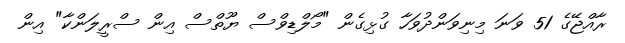
ރާއްޖޭގެ 51 ވަނަ މިނިވަންދުވަހާ ގުޅިގެން "މޯލްޑިވްސް ޔޫތްސް އިން ސްރީލަންކާ" އިން